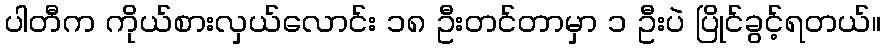
ပါတီက ကိုယ်စားလှယ်လောင်း ၁၈ ဦးတင်တာမှာ ၁ ဦးပဲ ပြိုင်ခွင့်ရတယ်။